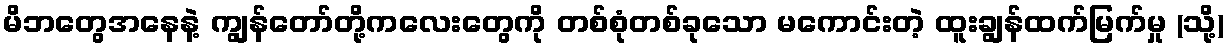
မိဘတွေအနေနဲ့ ကျွန်တော်တို့ကလေးတွေကို တစ်စုံတစ်ခုသော မကောင်းတဲ့ ထူးချွန်ထက်မြက်မှု (သို့)